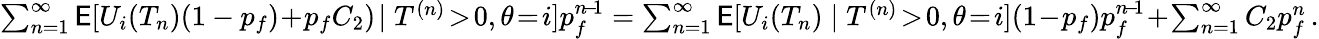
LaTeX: \begin{array}{r}{\sum_{n=1}^{\infty}\mathsf{E}[U_{i}(T_{n})(1-p_{f})\! +\! p_{f}C_{2})\! \mid T^{(n)}\! >\! 0,\theta\! =\! i]p_{f}^{n\! -\! 1}=\sum_{n=1}^{\infty}\mathsf{E}[U_{i}(T_{n})\mid T^{(n)}\! >\! 0,\theta\! =\! i](1\! -\! p_{f})p_{f}^{n\! -\! 1}\! +\! \sum_{n=1}^{\infty}C_{2}p_{f}^{n}\, .}\end{array}